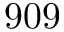
9 0 9